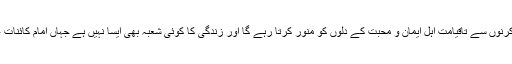
بلکہ سرکار رسالت مآبؐ کی حیات مبارکہ کا ہر پہلو درخشندہ و تاباں ہے اور اپنی نورانی کرنوں سے تاقیامت اہل ایمان و محبت کے دلوں کو منور کرتا رہے گا اور زندگی کا کوئی شعبہ بھی ایسا نہیں ہے جہاں امام کائنات علیہ الصلوٰۃ والتسلیم کی پاکیزہ سیرت کا روشن ورخشاں نیر تاباں سامان ہدایت موجود نہ ہو۔